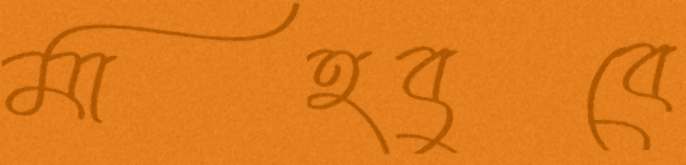
মাহবুবে